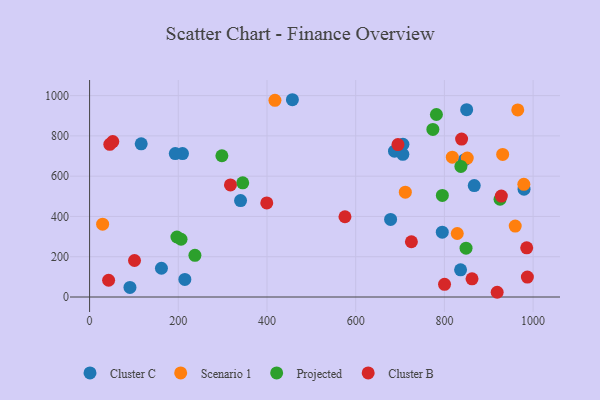
{"axis": {"x": "Ad Spend", "y": "Rating"}, "legend": ["Cluster B", "Cluster C", "Projected", "Scenario 1"], "data": [{"x": "91.0", "y": 47.4, "type": "Cluster C"}, {"x": "706.5", "y": 758.1, "type": "Cluster C"}, {"x": "867.3", "y": 553.5, "type": "Cluster C"}, {"x": "162.0", "y": 142.8, "type": "Cluster C"}, {"x": "979.6", "y": 535.3, "type": "Cluster C"}, {"x": "687.5", "y": 723.9, "type": "Cluster C"}, {"x": "795.2", "y": 322.1, "type": "Cluster C"}, {"x": "209.5", "y": 712.0, "type": "Cluster C"}, {"x": "340.4", "y": 478.8, "type": "Cluster C"}, {"x": "706.3", "y": 708.4, "type": "Cluster C"}, {"x": "678.7", "y": 385.4, "type": "Cluster C"}, {"x": "836.5", "y": 135.0, "type": "Cluster C"}, {"x": "457.3", "y": 979.6, "type": "Cluster C"}, {"x": "845.1", "y": 680.7, "type": "Cluster C"}, {"x": "850.2", "y": 930.1, "type": "Cluster C"}, {"x": "193.2", "y": 712.0, "type": "Cluster C"}, {"x": "214.8", "y": 87.4, "type": "Cluster C"}, {"x": "116.4", "y": 760.4, "type": "Cluster C"}, {"x": "959.7", "y": 352.2, "type": "Scenario 1"}, {"x": "829.0", "y": 315.4, "type": "Scenario 1"}, {"x": "851.5", "y": 689.8, "type": "Scenario 1"}, {"x": "817.8", "y": 694.4, "type": "Scenario 1"}, {"x": "417.9", "y": 976.5, "type": "Scenario 1"}, {"x": "931.4", "y": 707.9, "type": "Scenario 1"}, {"x": "711.9", "y": 520.4, "type": "Scenario 1"}, {"x": "979.1", "y": 559.6, "type": "Scenario 1"}, {"x": "965.4", "y": 928.8, "type": "Scenario 1"}, {"x": "29.4", "y": 361.6, "type": "Scenario 1"}, {"x": "196.9", "y": 297.9, "type": "Projected"}, {"x": "298.3", "y": 701.3, "type": "Projected"}, {"x": "345.3", "y": 566.8, "type": "Projected"}, {"x": "206.2", "y": 286.9, "type": "Projected"}, {"x": "837.2", "y": 648.5, "type": "Projected"}, {"x": "774.0", "y": 832.1, "type": "Projected"}, {"x": "237.5", "y": 207.2, "type": "Projected"}, {"x": "795.4", "y": 504.3, "type": "Projected"}, {"x": "848.8", "y": 242.5, "type": "Projected"}, {"x": "925.5", "y": 485.3, "type": "Projected"}, {"x": "782.0", "y": 906.3, "type": "Projected"}, {"x": "985.6", "y": 244.1, "type": "Cluster B"}, {"x": "45.6", "y": 758.0, "type": "Cluster B"}, {"x": "695.3", "y": 756.9, "type": "Cluster B"}, {"x": "42.9", "y": 83.1, "type": "Cluster B"}, {"x": "101.3", "y": 181.3, "type": "Cluster B"}, {"x": "317.6", "y": 556.3, "type": "Cluster B"}, {"x": "575.8", "y": 398.6, "type": "Cluster B"}, {"x": "838.8", "y": 784.1, "type": "Cluster B"}, {"x": "928.4", "y": 501.1, "type": "Cluster B"}, {"x": "800.3", "y": 63.1, "type": "Cluster B"}, {"x": "399.5", "y": 467.4, "type": "Cluster B"}, {"x": "52.3", "y": 771.7, "type": "Cluster B"}, {"x": "862.3", "y": 90.2, "type": "Cluster B"}, {"x": "987.1", "y": 98.9, "type": "Cluster B"}, {"x": "725.6", "y": 274.3, "type": "Cluster B"}, {"x": "919.0", "y": 23.5, "type": "Cluster B"}]}